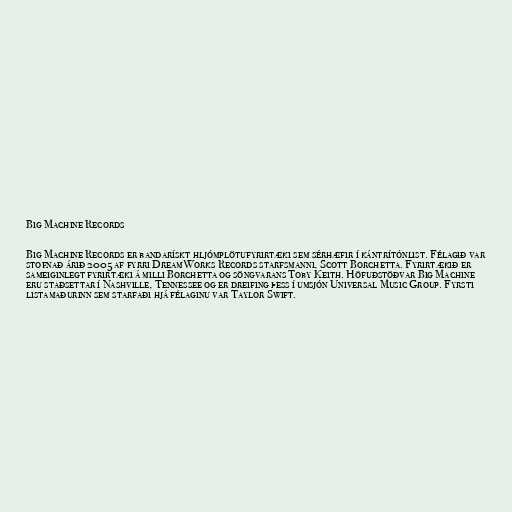
Big Machine Records

Big Machine Records er bandarískt hljómplötufyrirtæki sem sérhæfir í kántrítónlist. Félagið var
stofnað árið 2005 af fyrri DreamWorks Records starfsmanni, Scott Borchetta. Fyrirtækið er
sameiginlegt fyrirtæki á milli Borchetta og söngvarans Toby Keith. Höfuðstöðvar Big Machine
eru staðsettar í Nashville, Tennessee og er dreifing þess í umsjón Universal Music Group. Fyrsti
listamaðurinn sem starfaði hjá félaginu var Taylor Swift.